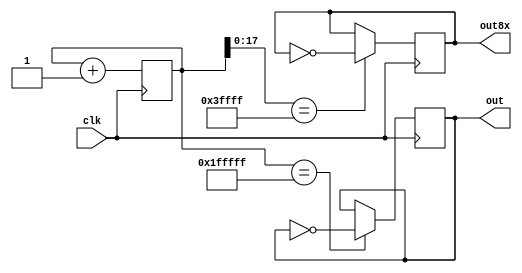
`timescale 1ns / 1ps
/* 
 * File Primary Author: Idan Warsawski
 * See LICENSE for license information
 */

module clock_divider(out, out8x, clk);
	output out, out8x;
	input clk;
	reg out, out8x;
	reg [20:0] counter;

	
	always @(posedge clk) begin
		if(counter == 21'b1_1111_1111_1111_1111_1111) out <= ~out;
		if(counter[17:0] == 18'b11_1111_1111_1111_1111) out8x <= ~out8x;
		counter <= counter + 1;
	end

endmodule